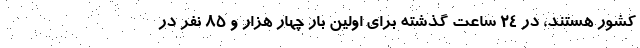
کشور هستند، در ۲۴ ساعت گذشته برای اولین بار چهار هزار و ۸۵ نفر در